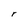
Character: r